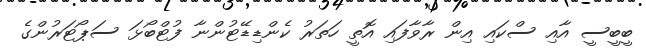
ބީބީސީ އާއި ސްކައި އިން ރާވާފައި އޮތީ ހަތަރު ކެންޑިޑޭޓުންނާ ފުޓްބޯޅަ ސަޕޯޓަރުންގެ